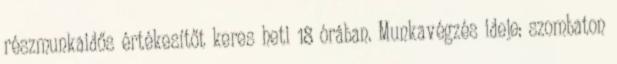
részmunkaidős értékesítőt keres heti 18 órában. Munkavégzés ideje: szombaton